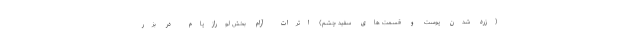
(زرد شدن پوست و قسمت های سفید چشم) اثرات آرام بخش لورازپام در بزر